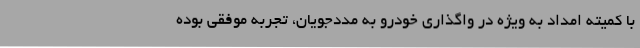
با کمیته امداد به ویژه در واگذاری خودرو به مددجویان، تجربه موفقی بوده